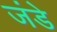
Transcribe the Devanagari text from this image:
जंडे